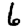
Digit: 6